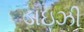
ડાઇઝી